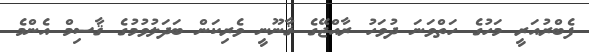
ފެބްރުއަރީ މަހުގެ ހަތްވަނަ ދުވަހު ރާއްޖޭގެ ޤާނޫނީ ވެރިކަން ބަދަލުވުމުގެ ޤާސިމް އެންމެ